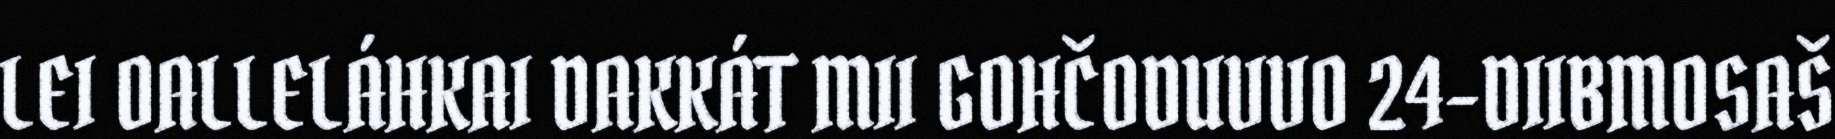
LEI OALLELÁHKAI DAKKÁT MII GOHČODUVVO 24-DIIBMOSAŠ